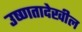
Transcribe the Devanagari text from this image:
उष्णतादेखील